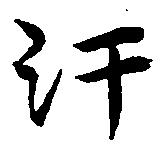
汗